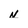
Character: N